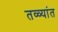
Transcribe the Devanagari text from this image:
तळ्यांत